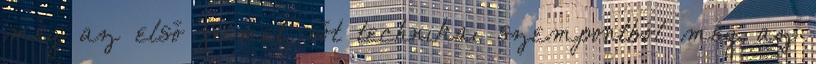
meg az első filmet, sőt technikai szempontból még az